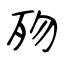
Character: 歾